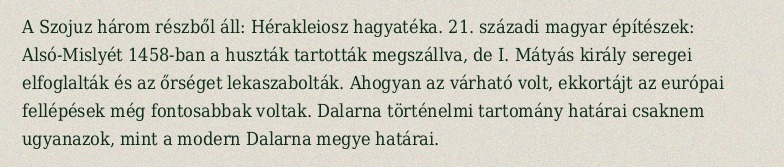
A Szojuz három részből áll: Hérakleiosz hagyatéka. 21. századi magyar építészek: Alsó-Mislyét 1458-ban a huszták tartották megszállva, de I. Mátyás király seregei elfoglalták és az őrséget lekaszabolták. Ahogyan az várható volt, ekkortájt az európai fellépések még fontosabbak voltak. Dalarna történelmi tartomány határai csaknem ugyanazok, mint a modern Dalarna megye határai.